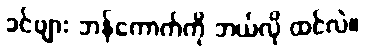
ခင်ဗျား ဘန်ကောက်ကို ဘယ်လို ထင်လဲ။